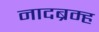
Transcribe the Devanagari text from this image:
नादब्रम्ह